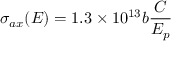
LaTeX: \sigma _ { a x } ( E ) = 1 . 3 \times 1 0 ^ { 1 3 } b { \frac { C } { E _ { p } } }